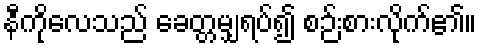
နီကိုလေသည် ခေတ္တမျှရပ်၍ စဉ်းစားလိုက်၏။